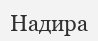
Надира